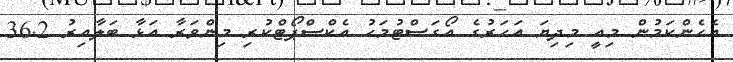
އެހެންކަމުން މިއީ މިދިޔަ އަހަރުގެ އޯގަސްޓުމަހު އެކްސްޕޯޓްކުރި މިންވަރާ އަޅާ ބަލާއިރު 36.2